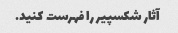
آثار شکسپیر را فهرست کنید.